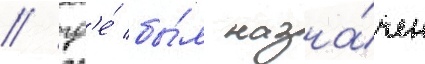
/ гд'е́ бы́л назна́чен